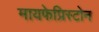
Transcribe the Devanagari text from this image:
मायफेप्रिस्टोन